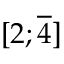
[ 2 ; { \overline { { 4 } } } ]